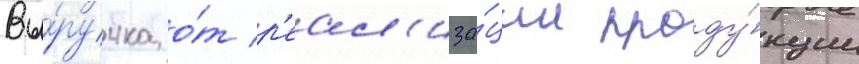
Вы́ручка о́т р'еал'иза́ции проду́кции